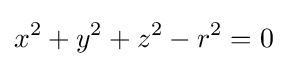
x^{2}+y^{2}+z^{2}-r^{2}=0